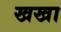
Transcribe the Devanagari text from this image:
खखा